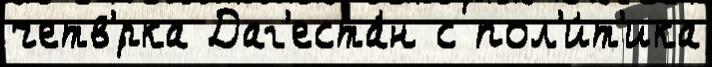
четв'́рка Даг'еста́н с пол'и́т'ика